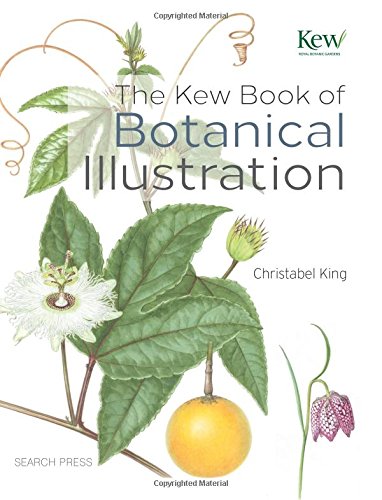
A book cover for The Kew Book of Botanical Illustration; Christabel King; Arts & Photography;